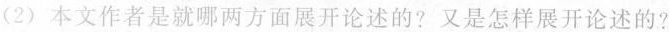
(2)本文作者是就哪两方面展开论述的?又是怎样展开论述的?